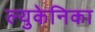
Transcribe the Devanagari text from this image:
ल्युकेनिका